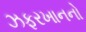
ઝફરખાનનો